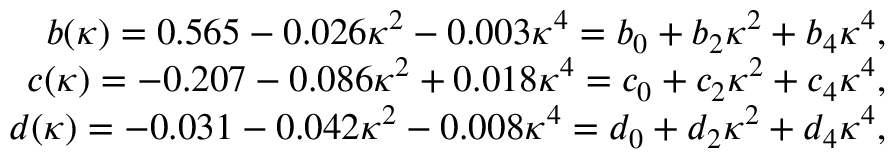
\begin{array} { r } { b ( \kappa ) = 0 . 5 6 5 - 0 . 0 2 6 \kappa ^ { 2 } - 0 . 0 0 3 \kappa ^ { 4 } = b _ { 0 } + b _ { 2 } \kappa ^ { 2 } + b _ { 4 } \kappa ^ { 4 } , } \\ { c ( \kappa ) = - 0 . 2 0 7 - 0 . 0 8 6 \kappa ^ { 2 } + 0 . 0 1 8 \kappa ^ { 4 } = c _ { 0 } + c _ { 2 } \kappa ^ { 2 } + c _ { 4 } \kappa ^ { 4 } , } \\ { d ( \kappa ) = - 0 . 0 3 1 - 0 . 0 4 2 \kappa ^ { 2 } - 0 . 0 0 8 \kappa ^ { 4 } = d _ { 0 } + d _ { 2 } \kappa ^ { 2 } + d _ { 4 } \kappa ^ { 4 } , } \end{array}